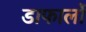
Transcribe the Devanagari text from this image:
डाफार्लो